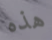
هذه